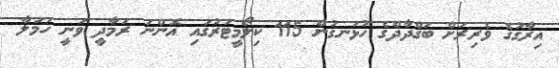
އިރާގުގެ ވެރިރަށް ބަގްދާދްގެ ހުޅަނގުން 115 ކިލޯމީޓަރުގައި އޮންނަ ރަމާދީ ވަނީ ހަމަލާ